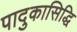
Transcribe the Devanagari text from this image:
पादुकासिद्धि